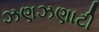
ઝણઝણાટી